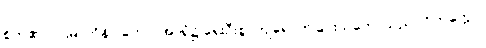
စိတ်၏။ ပဌမာဘိနိပါတော၊ အာရုံ၌ ရှေးဦးစွာကျရောက်ခြင်းသဘောသည်။ ဝိတက္ကော၊